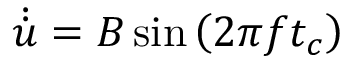
\dot { \dot { u } } = B \sin { \left( 2 \pi f t _ { c } \right) }